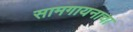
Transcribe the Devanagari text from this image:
सामगायनाचा